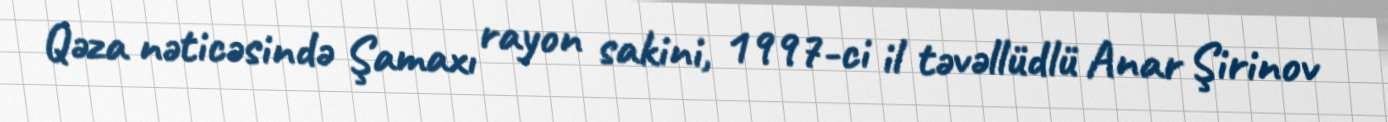
Qəza nəticəsində Şamaxı rayon sakini, 1997-ci il təvəllüdlü Anar Şirinov